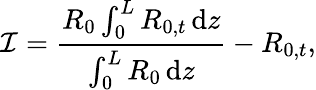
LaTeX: \mathcal{I}=\frac{R_{0}\int_{0}^{L}R_{0,t}\, \mathrm{d}z}{\int_{0}^{L}R_{0}\, \mathrm{d}z}-R_{0,t},